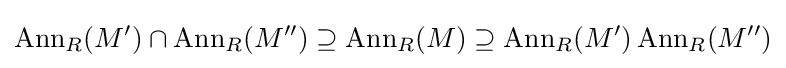
\operatorname {Ann} _{R}(M')\cap \operatorname {Ann} _{R}(M'')\supseteq \operatorname {Ann} _{R}(M)\supseteq \operatorname {Ann} _{R}(M')\operatorname {Ann} _{R}(M'')